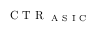
\mathrm { ~ C ~ T ~ R ~ } _ { \mathrm { ~ A ~ S ~ I ~ C ~ } }